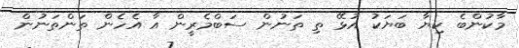
މާކުންބެ ކިޔާ ބަޔަކު އުޅޭ ތި ތަނުން ސަބްމެރީން އާ އެހެން ތަންތަނުން